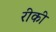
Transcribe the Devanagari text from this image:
रीकी